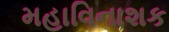
મહાવિનાશક